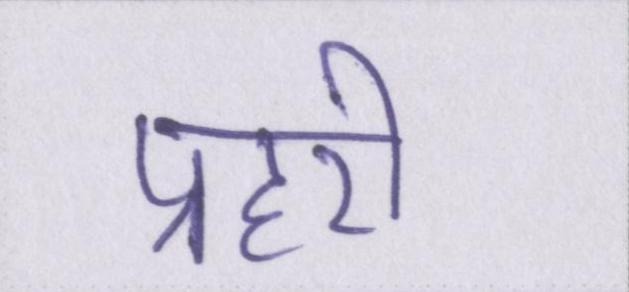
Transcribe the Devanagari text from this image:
प्रहरी